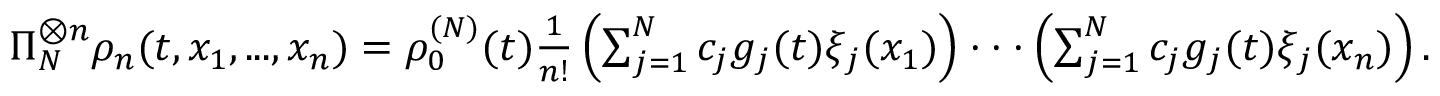
\begin{array} { r } { \Pi _ { N } ^ { \otimes n } \rho _ { n } ( t , x _ { 1 } , . . . , x _ { n } ) = \rho _ { 0 } ^ { ( N ) } ( t ) \frac { 1 } { n ! } \left( \sum _ { j = 1 } ^ { N } c _ { j } g _ { j } ( t ) \xi _ { j } ( x _ { 1 } ) \right) \cdot \cdot \cdot \left( \sum _ { j = 1 } ^ { N } c _ { j } g _ { j } ( t ) \xi _ { j } ( x _ { n } ) \right) . } \end{array}